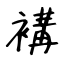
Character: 褠